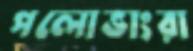
পলোভাংরা